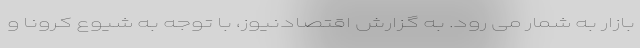
بازار به شمار می رود. به گزارش اقتصادنیوز، با توجه به شیوع کرونا و